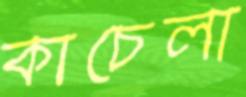
কাচেলা